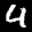
Label: 4